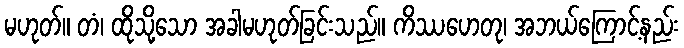
မဟုတ်။ တံ၊ ထိုသို့သော အခါမဟုတ်ခြင်းသည်။ ကိဿဟေတု၊ အဘယ်ကြောင့်နည်း